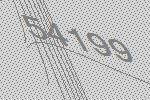
54199